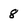
Character: 8